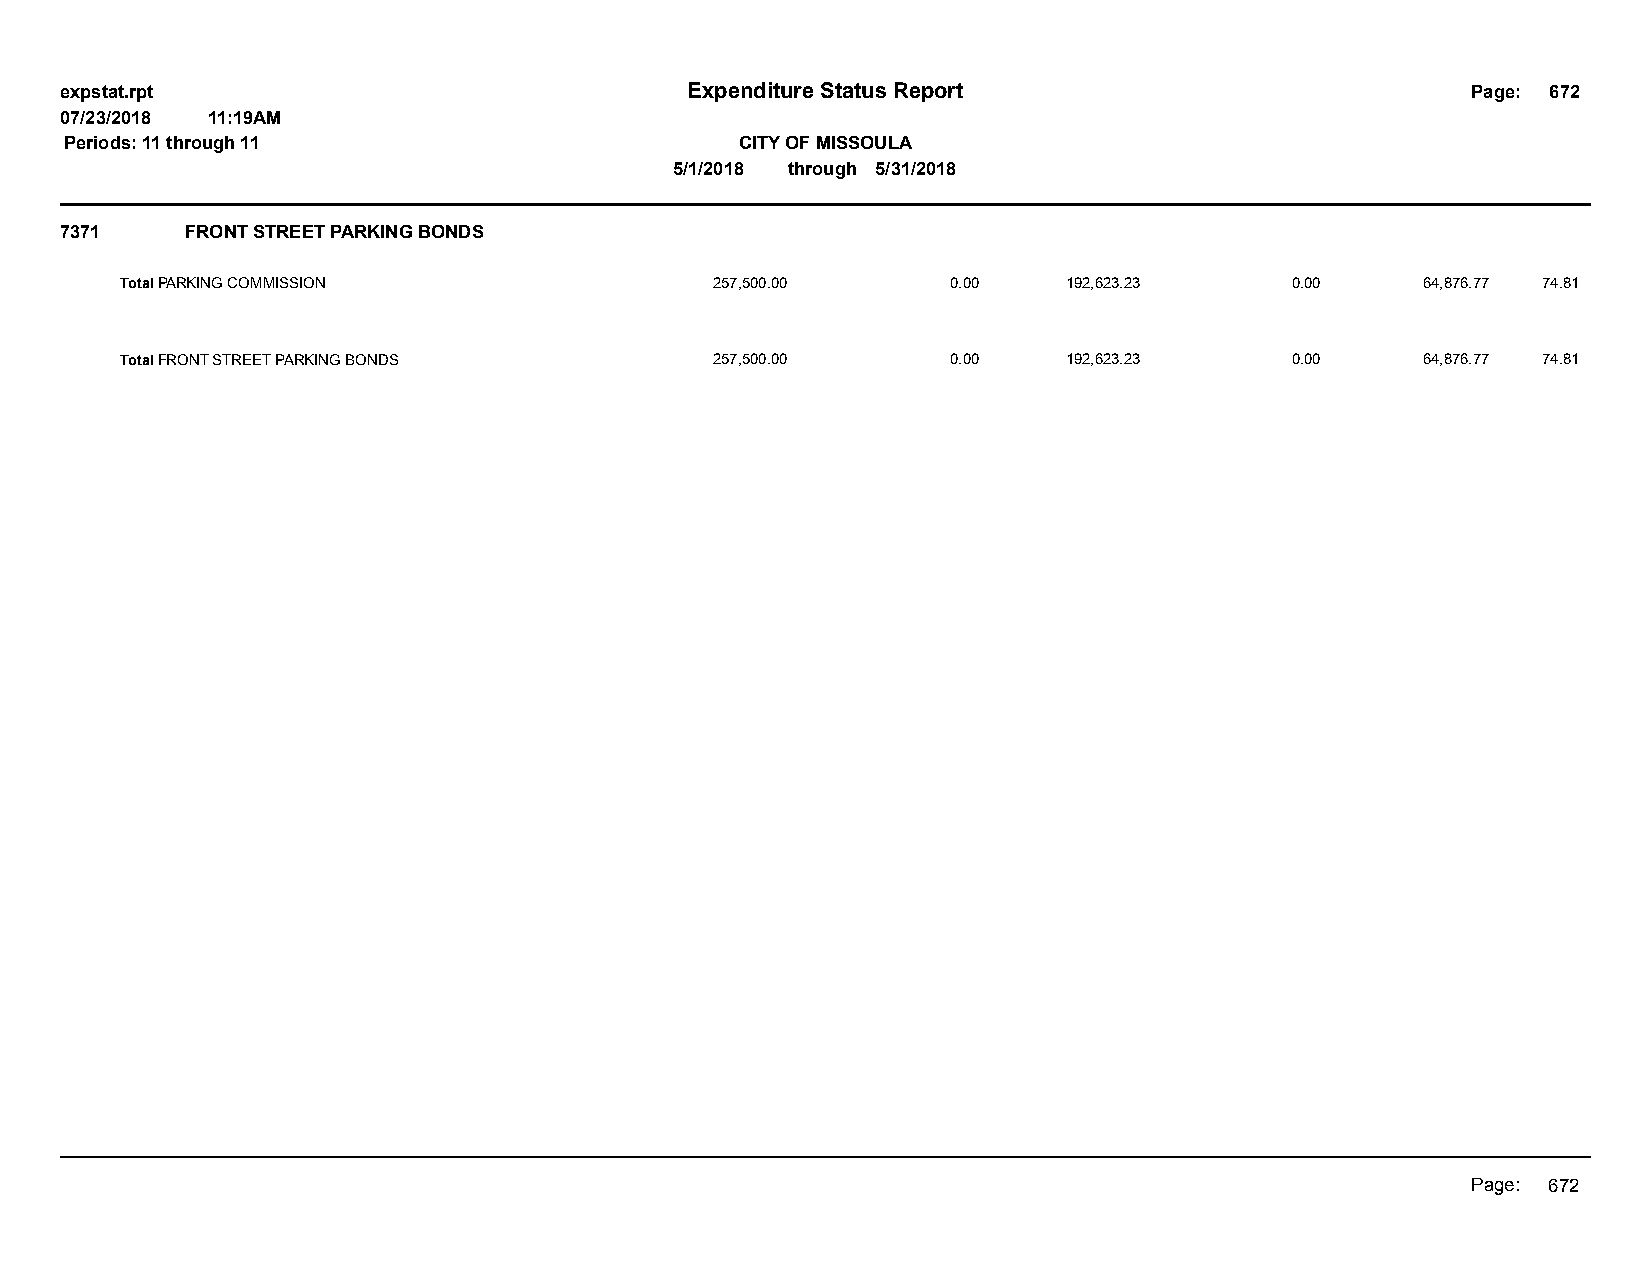
expstat.rpt                              Expenditure Status Report                           Page: 672
 07/23/2018 11:19AM
 Periods: 11 through 11                       CITY OF MISSOULA
 5/1/2018 through 5/31/2018
 7371    FRONT STREET PARKING BONDS
 Total PARKING COMMISSION               257,500.00      0.00    192,623.23    0.00     64,876.77 74.81
 Total FRONT STREET PARKING BONDS       257,500.00      0.00    192,623.23    0.00     64,876.77 74.81
 Page: 672